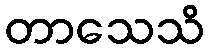
တာသေသိ